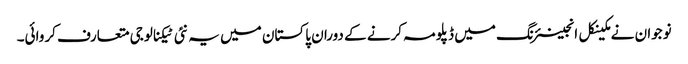
نوجوان نے مکینکل انجینئرنگ میں ڈپلومہ کرنے کے دوران پاکستان میں یہ نئی ٹیکنالوجی متعارف کروائی۔